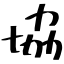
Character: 協